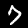
Digit: 7